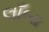
લાઁબા